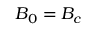
B _ { 0 } = B _ { c }